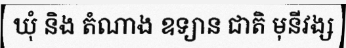
ឃុំ និង តំណាង ឧទ្យាន ជាតិ មុនីវង្ស